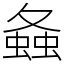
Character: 𧍸